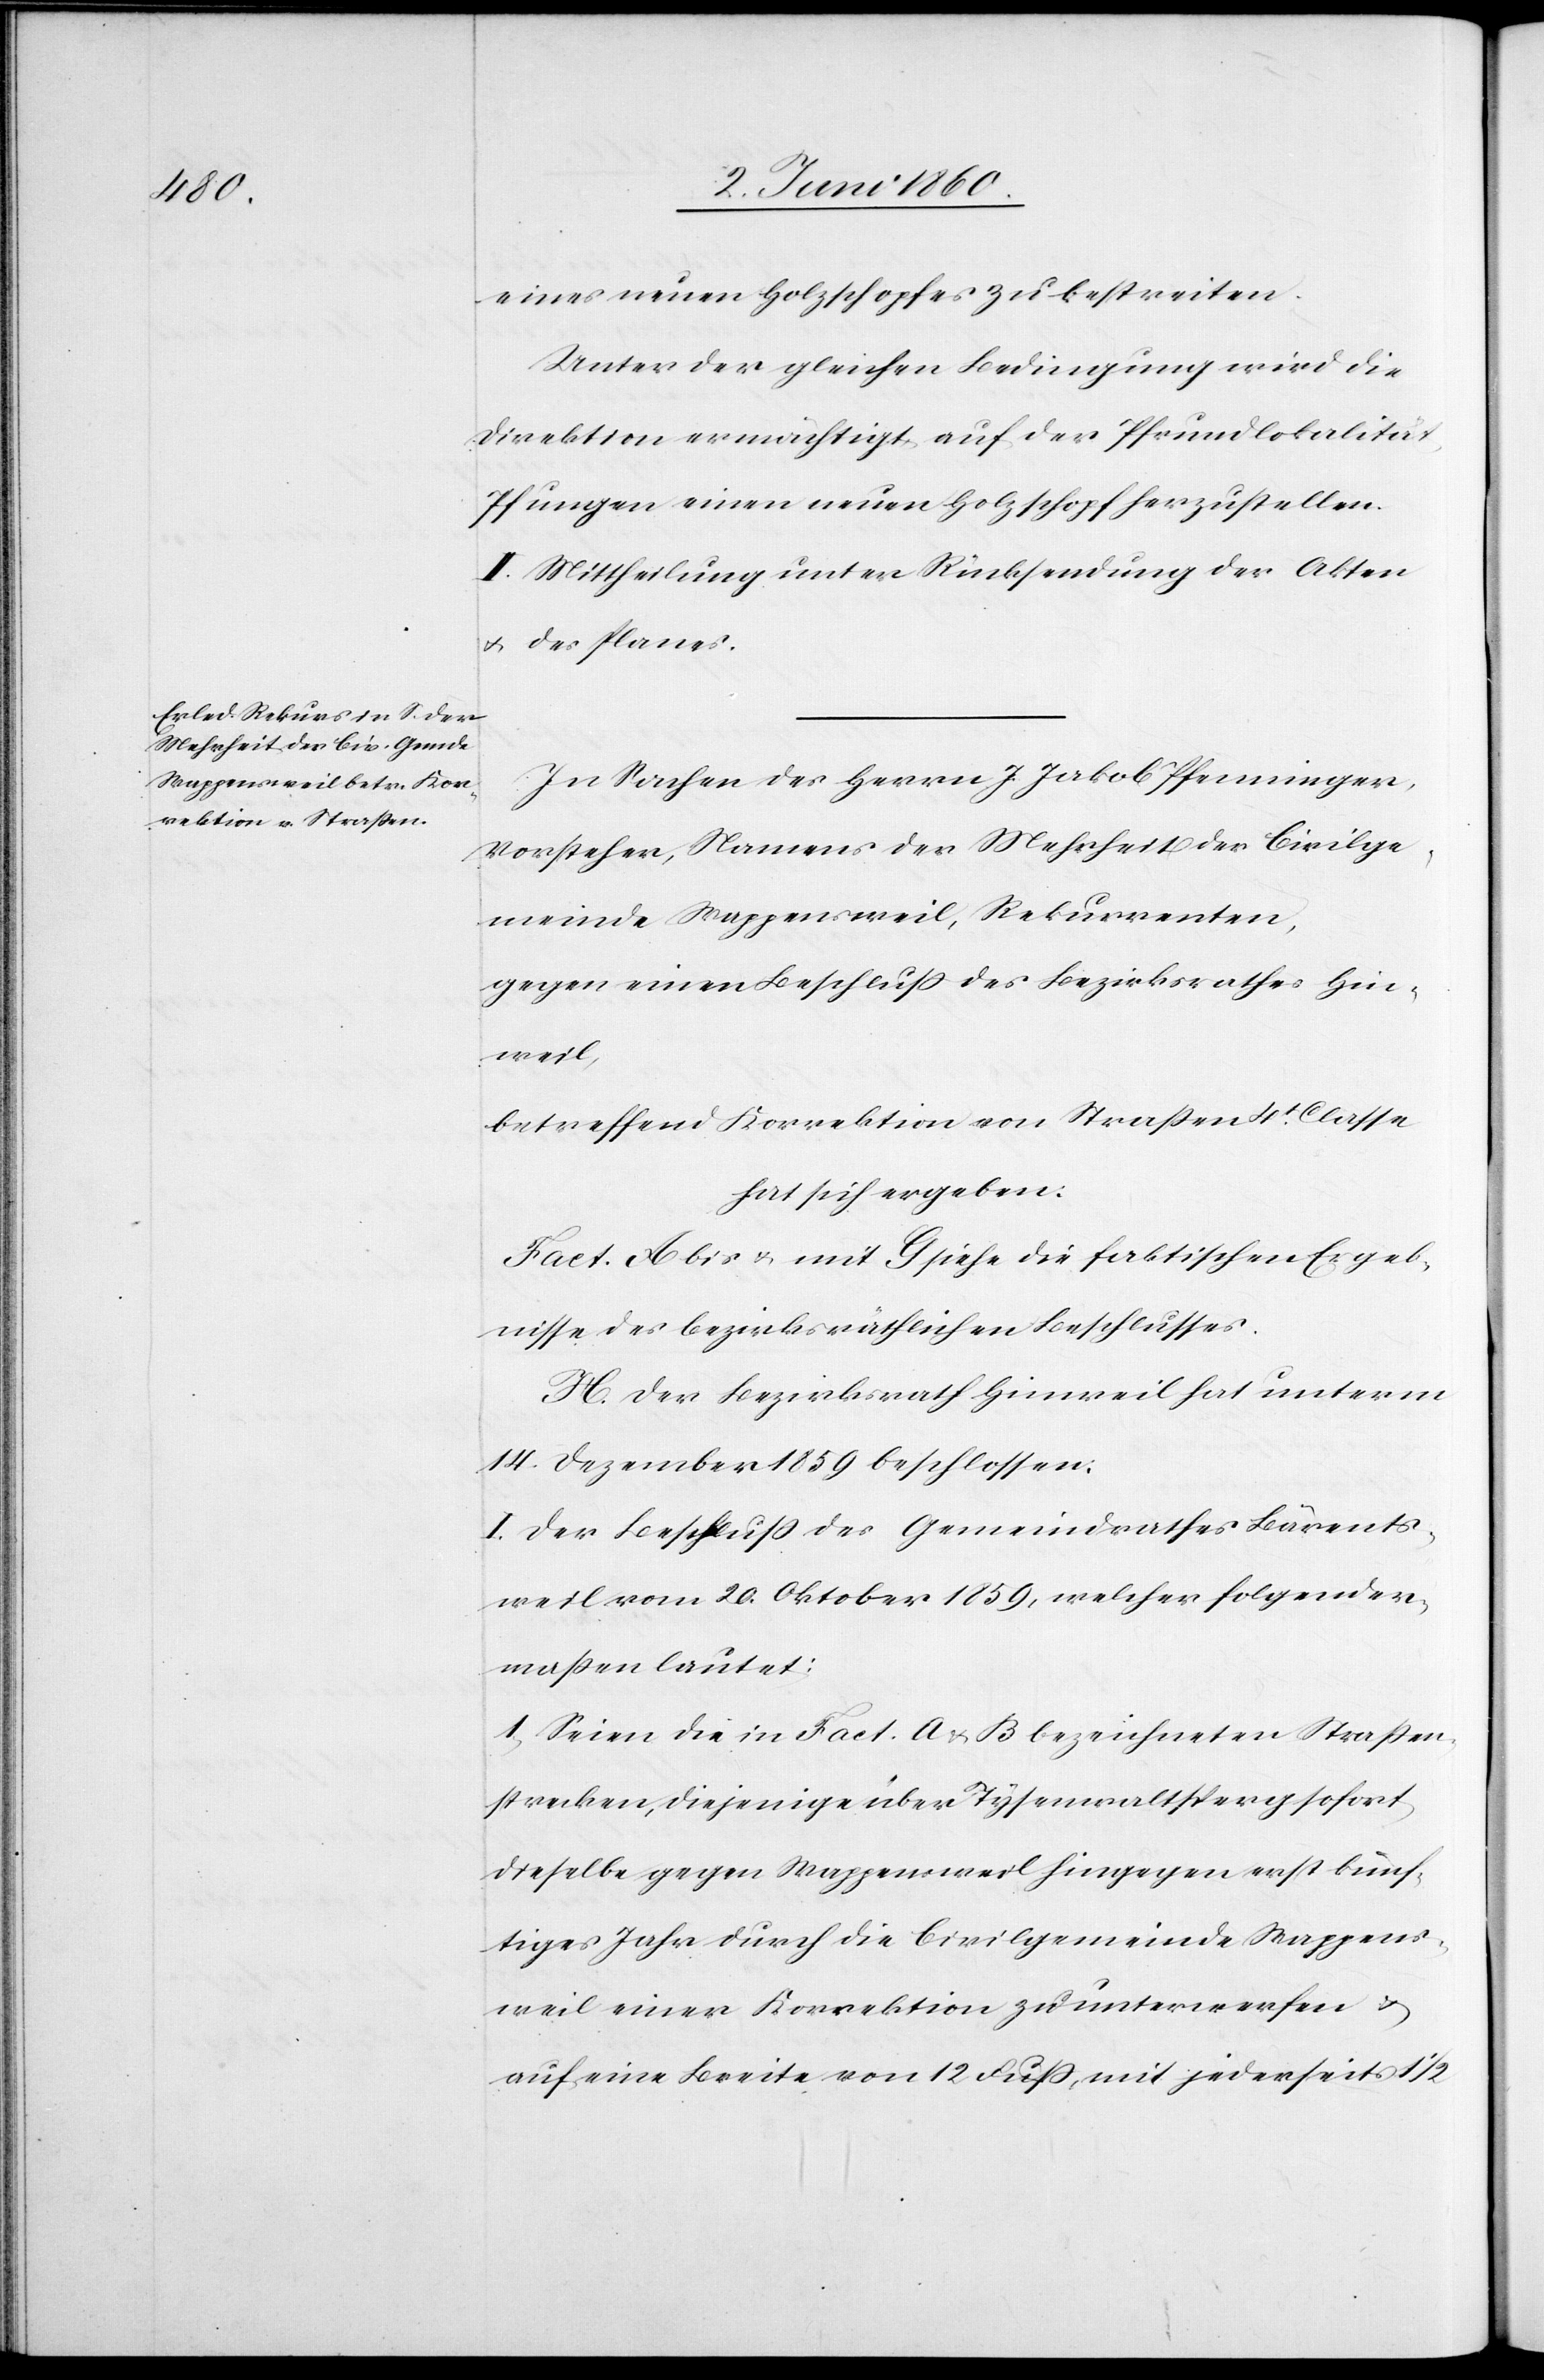
eines neuen Holzschopfes zu bestreiten.
Unter der gleichen Bedingung wird die
Direktion ermächtigt, auf der Pfrundlokalität
Pfungen einen neuen Holzschopf herzustellen.
II. Mittheilung unter Rücksendung der Akten
u. des Planes.
In Sachen des Herr J. Jakob Pfenninger,
Vorsteher, Namens der Mehrheit der Civilge¬
meinde Wappensweil, Rekurrenten,
gegen einen Beschluss des Bezirksrathes Hin¬
weil,
betreffend Korrektion von Strassen 4t Classe
hat sich ergeben:
Fact. A bis u. mit G siehe die faktischen Ergeb¬
nisse des bezirksräthlichen Beschlusses.
H. Der Bezirksrath Hinweil hat unterm
14. Dezember 1859 beschlossen:
I. Der Beschluss des Gemeindrathes Bärents¬
weil vom 20. Oktober 1859, welcher folgender¬
massen lautet:
1. Seien die in Fact. a u. B. bezeichneten Strassen¬
strecken, diejenige über Tysenwaltsperg sofort,
dieselbe gegen Wappensweil hingegen erst künf¬
tiges Jahr durch die Civilgemeinde Wappens¬
weil einer Korrektion zu unterwerfen u.
auf eine Breite von 12 Fuss, mit jederseits 1 1/2